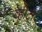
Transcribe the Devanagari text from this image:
व्हीटी